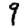
Digit: 9